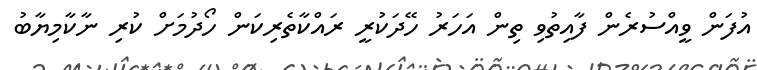
އުފަން ވީއްސުރެެން ފާއިތުވި ތިިން އަހަރު ހޭދަކުރީ ރައްކާތެރިކަން ހޯދުމަށް ކުރި ނާކާމިޔާބު